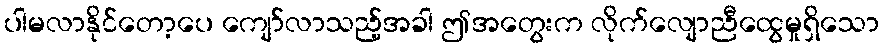
ပါမလာနိုင်တော့ပေ ကျော်လာသည့်အခါ ဤအတွေးက လိုက်လျောညီထွေမှုရှိသော